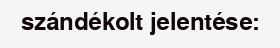
szándékolt jelentése: